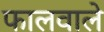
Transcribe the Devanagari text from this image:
फालवाले